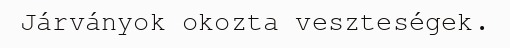
Járványok okozta veszteségek.